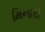
મિનારો